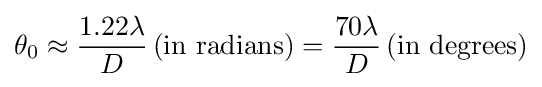
\theta _{0}\approx {\frac {1.22\lambda }{D}}\,{\text{(in radians)}}={\frac {70\lambda }{D}}\,{\text{(in degrees)}}